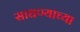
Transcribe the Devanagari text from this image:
साधण्याच्या